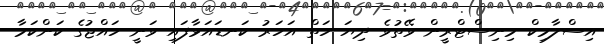
އިސްލާމިކް މިނިސްޓްރީން ވޭތުވެ ދިޔަ ހަތް އަހަރު ކަނޑައަޅާފައި ވަނީ ހައްޖުގެ ކަންކަމާ